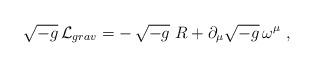
LaTeX: \begin{align*}\sqrt{-g}\,{\cal L}_{grav} = -\,\sqrt{-g}\ R +\partial_\mu \sqrt{-g}\, \omega^\mu \ ,\end{align*}